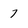
Character: 7